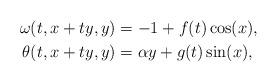
LaTeX: \begin{align*} \omega(t,x+ty,y) &= -1 + f(t) \cos(x), \\ \theta(t,x+ty,y) &= \alpha y + g(t)\sin(x),\end{align*}